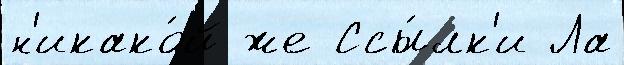
н'икако́й же Ссы́лк'и Ла